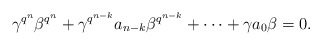
\begin{align*} \gamma^{q^n}\beta^{q^n}+\gamma^{q^{n-k}}a_{n-k}\beta^{q^{n-k}}+\cdots +\gamma a_0 \beta=0. \end{align*}